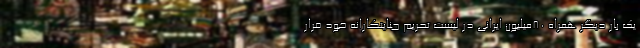
یک بار دیگر همراه 80میلیون ایرانی در لیست تحریم جنایتکارانه خود قرار